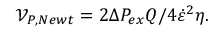
\mathcal { V } _ { P , N e w t } = 2 \Delta P _ { e x } Q / 4 \dot { \varepsilon } ^ { 2 } \eta .